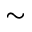
\sim